Epidemic dropsy in Calcutta - Number 45
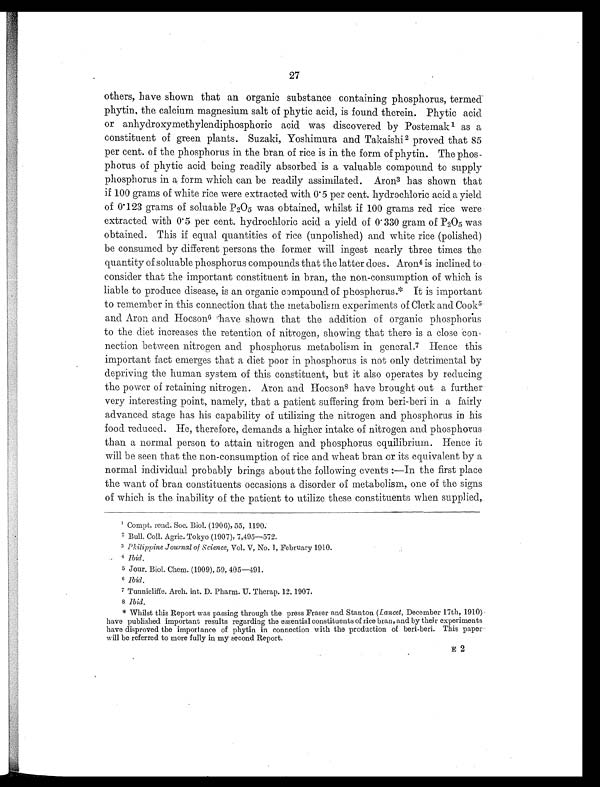
27
others, have shown that an organic substance containing phosphorus, termed
phytin, the calcium magnesium salt of phytic acid, is found therein. Phytic acid
or anhydroxymethylendiphosphoric acid was discovered by Postemak 1 as a
constituent of green plants. Suzaki, Yoshimura and Takaishi 2 proved that 85
per cent. of the phosphorus in the bran of rice is in the form of phytin. The phos-
phorus of phytic acid being readily absorbed is a valuable compound to supply
phosphorus in a form which can be readily assimilated. Aron 3 has shown that
if 100 grams of white rice were extracted with 0.5 per cent. hydrochloric acid a yield
of 0.123 grams of soluable P2O5 was obtained, whilst if 100 grams red rice were
extracted with 0.5 per cent. hydrochloric acid a yield of 0.330 gram of P 2O5 was
obtained. This if equal quantities of rice (unpolished) and white rice (polished)
be consumed by different persons the former will ingest nearly three times the
quantity of soluable phosphorus compounds that the latter does. Aron4 is inclined to
consider that the important constituent in bran, the non-consumption of which is
liable to produce disease, is an organic compound of phosphorus.* It is important
to remember in this connection that the metabolism experiments of Clerk and Cooks
and Aron and Hocson6 have shown that the addition of organic phosphorus
to the diet increases the retention of nitrogen, showing that there is a close con-
nection between nitrogen and phosphorus metabolism in general. 7 Hence this
important fact emerges that a diet poor in phosphorus is not only detrimental by
depriving the. human system of this constituent, but it also operates by reducing
the power of retaining nitrogen. Aron and Hocsons have brought out a further
very interesting point, namely, that a patient suffering from beri-beri in a fairly
advanced stage has his capability of utilizing the nitrogen and phosphorus in his
food reduced. He, therefore, demands a higher intake of nitrogen and phosphorus
than a normal person to attain nitrogen and phosphorus equilibrium. Hence it
will be seen that the non-consumption of rice and wheat bran or its equivalent by a
normal individual probably brings about the following events :—In the first place
the want of bran constituents occasions a disorder of metabolism, one of the signs
of which. is the inability of the patient to utilize these constituents when supplied,
1 Compt. rend. Soc. Biol. (1906), 55, 1190.
2 Bull. Coll. Agric. Tokyo (1907), 7,495—572.
3 Philippine Journal of Science, Vol. V, No. 1, February 1910.
4 Ibid.
5 Jour, Biol. Chem. (1909), 59, 405—491.
6
I b i d .
7 Tunnicliffe. Arch. int. D. Pharm. U. Therap. 12. 1907.
8 Ibid.
* Whilst this Report was passing through the press Fraser and Stanton (Lancet, December 17th, 1910)
have published important results regarding the essential constituents of rice bran, and by their experiments
have disproved the importance of phytin in connection with the production of beri-beri. This paper
will be referred to more fully in my second Report.
E2